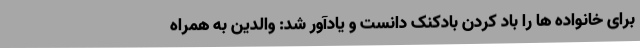
برای خانواده ها را باد کردن بادکنک دانست و یادآور شد: والدین به همراه